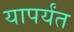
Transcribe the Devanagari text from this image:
यापर्यंत